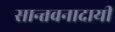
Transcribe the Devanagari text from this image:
सान्तवनादायी